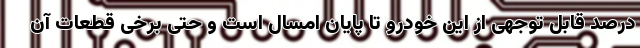
درصد قابل توجهی از این خودرو تا پایان امسال است و حتی برخی قطعات آن